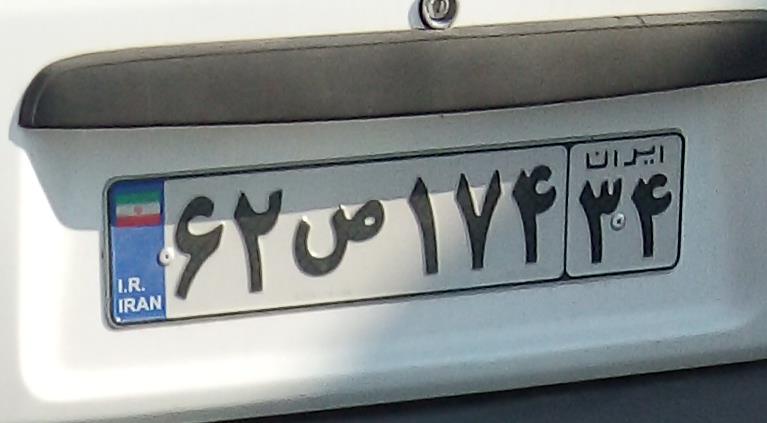
۶۲ص۱۷۴۳۴